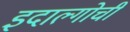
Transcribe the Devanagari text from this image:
इदाल्गोची